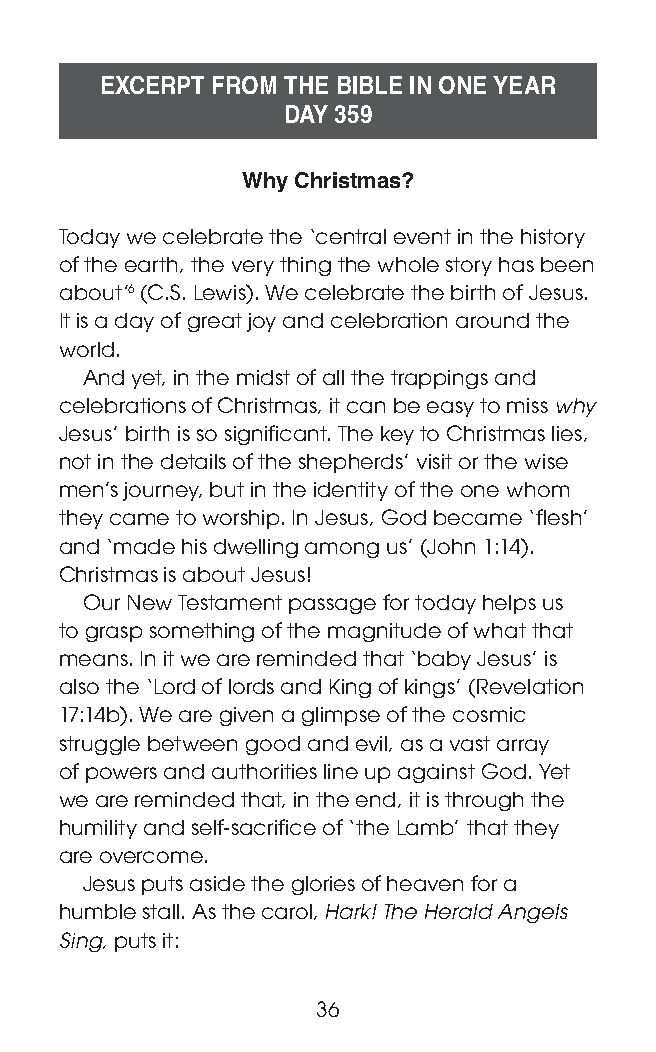
EXCERPT FROM THE BIBLE IN ONE YEAR
 DAY 359
 Why Christmas?
 Today we celebrate the ‘central event in the history
 of the earth, the very thing the whole story has been
 about’6 (C.S. Lewis). We celebrate the birth of Jesus.
 It is a day of great joy and celebration around the
 world.
 And yet, in the midst of all the trappings and
 celebrations of Christmas, it can be easy to miss why
 Jesus’ birth is so significant. The key to Christmas lies,
 not in the details of the shepherds’ visit or the wise
 men’s journey, but in the identity of the one whom
 they came to worship. In Jesus, God became ‘flesh’
 and ‘made his dwelling among us’ (John 1:14).
 Christmas is about Jesus!
 Our New Testament passage for today helps us
 to grasp something of the magnitude of what that
 means. In it we are reminded that ‘baby Jesus’ is
 also the ‘Lord of lords and King of kings’ (Revelation
 17:14b). We are given a glimpse of the cosmic
 struggle between good and evil, as a vast array
 of powers and authorities line up against God. Yet
 we are reminded that, in the end, it is through the
 humility and self-sacrifice of ‘the Lamb’ that they
 are overcome.
 Jesus puts aside the glories of heaven for a
 humble stall. As the carol, Hark! The Herald Angels
 Sing, puts it:
 36